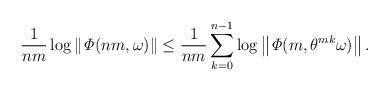
LaTeX: \begin{align*}\frac{1}{nm}\log\left\Vert \mathit{\Phi}(nm,\omega)\right\Vert \leq\frac{1}{nm}\sum_{k=0}^{n-1}\log\left\Vert \mathit{\Phi}(m,\theta^{mk}\omega)\right\Vert .\end{align*}